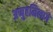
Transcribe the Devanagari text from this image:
अप्पुहमिलागे